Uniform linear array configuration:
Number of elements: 32
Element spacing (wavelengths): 0.75
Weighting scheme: binomial
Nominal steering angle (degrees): -15
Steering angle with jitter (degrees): -14.481
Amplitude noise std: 0.05
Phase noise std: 0.05

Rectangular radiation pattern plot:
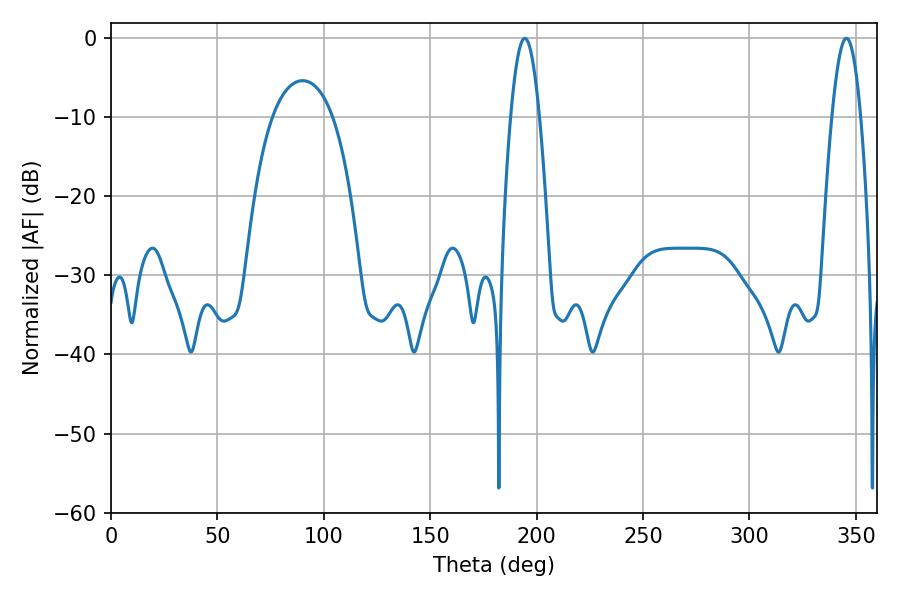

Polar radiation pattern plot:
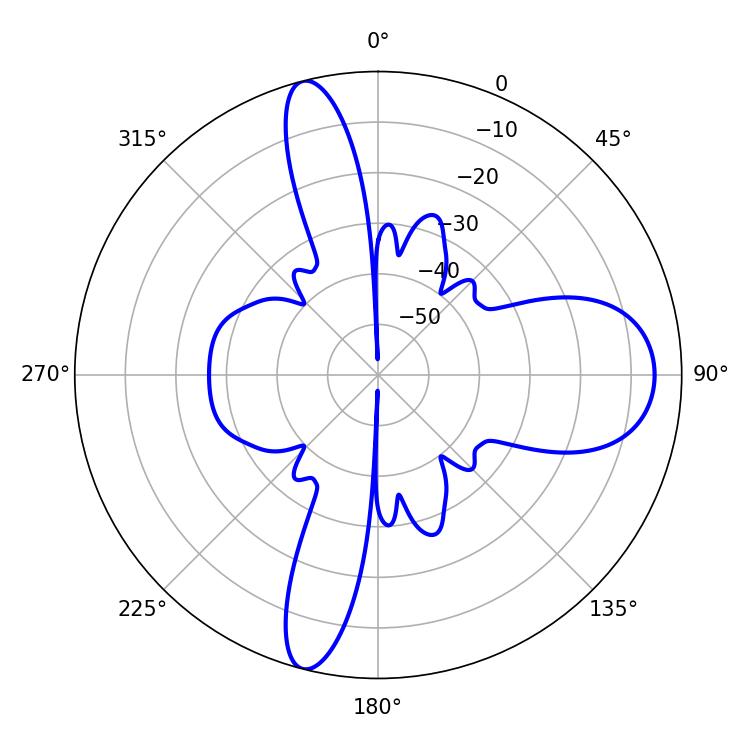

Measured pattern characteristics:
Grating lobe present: TRUE
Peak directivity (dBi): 16.076
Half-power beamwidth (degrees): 7.38
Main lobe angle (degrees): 194.4